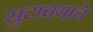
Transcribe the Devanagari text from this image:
सुटावयाचे